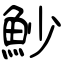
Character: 魦